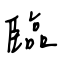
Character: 臨